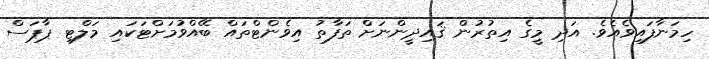
ހިމަނާފައިވެއެވެ. އަދި މީގެ އިތުރުން ޤައިދީންނަށް ތަފާތު އިވެންޓްތައް ބޭއްވުމަށްޓަކައި މަލްޓި ޕާޕަސް